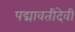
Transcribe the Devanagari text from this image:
पद्मावतीदेवी